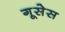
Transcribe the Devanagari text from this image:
गूसेस